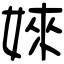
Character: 婡